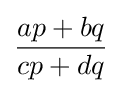
{\frac {ap+bq}{cp+dq}}